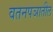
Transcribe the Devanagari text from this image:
वतनपञातील